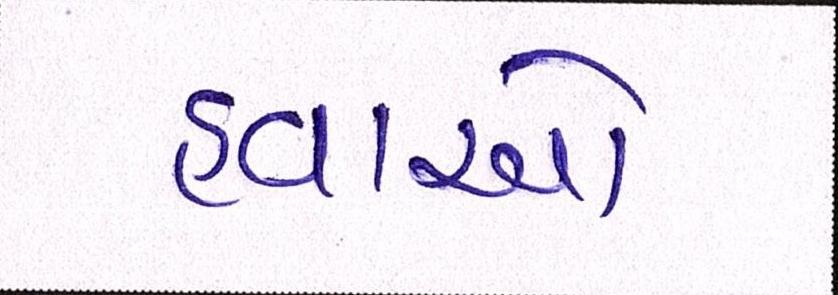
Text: હવાઓ